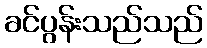
ခင်ပွန်းသည်သည်